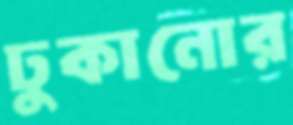
ঢুকানোর